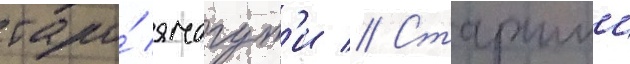
таро́ ямагут'и // Старшии